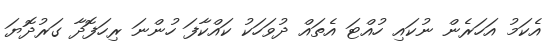
އެކަމު އަހަރެން ނުކައި ހުއްޓަ އެތައް ދުވަހަކު ކައްކާފަ ހުންނަ ރިހަފޮދާ ގަރުދޮޔަ